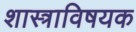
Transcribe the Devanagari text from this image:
शास्त्राविषयक